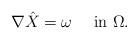
LaTeX: \begin{align*}\nabla \hat X = \omega \quad\mbox{ in } \Omega.\end{align*}